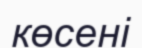
көсені